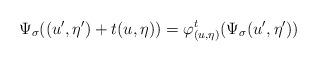
LaTeX: \begin{gather*} \Psi_\sigma((u',\eta')+t(u,\eta))=\varphi^t_{(u,\eta)}(\Psi_\sigma(u',\eta'))\end{gather*}